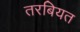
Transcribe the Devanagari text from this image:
तरबियत